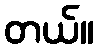
တယ်။